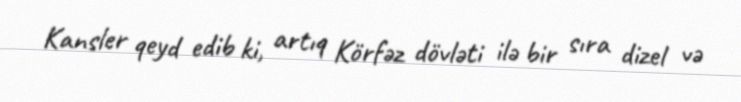
Kansler qeyd edib ki, artıq Körfəz dövləti ilə bir sıra dizel və